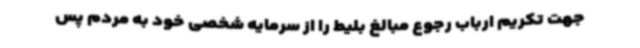
جهت تکریم ارباب رجوع مبالغ بلیط را از سرمایه شخصی خود به مردم پس